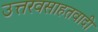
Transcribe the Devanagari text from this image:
उत्तरवसाहतवादी